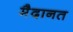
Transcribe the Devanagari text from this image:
मैदानत